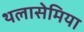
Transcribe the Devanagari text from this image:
थलासेमिया